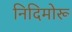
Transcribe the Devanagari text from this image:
निदिमोरू